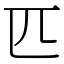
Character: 匹